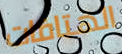
الهتافات